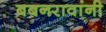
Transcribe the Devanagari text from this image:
बबनरावांनी